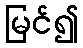
မြင်၍